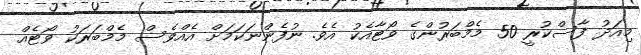
މިއަދު ފާސްކުރީ 50 މެމްބަރުންގެ ވޯޓާއެކު އެވެ. ނުފެންނަކަމަށް އެއްވެސް މެމްބަރަކު ވޯޓެއް